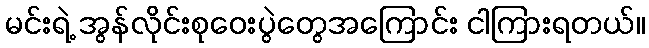
မင်းရဲ့ အွန်လိုင်းစုဝေးပွဲတွေအကြောင်း ငါကြားရတယ်။